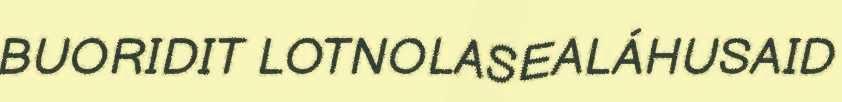
BUORIDIT LOTNOLASEALÁHUSAID